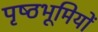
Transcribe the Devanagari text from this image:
पृष्‍ठभूमियों